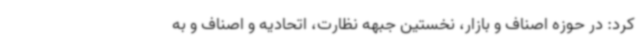
کرد: در حوزه اصناف و بازار، نخستین جبهه نظارت، اتحادیه و اصناف و به